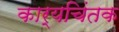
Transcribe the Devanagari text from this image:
कार्यचिंतक